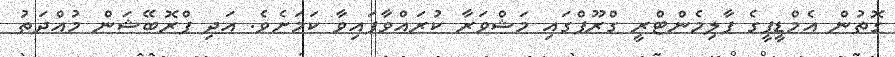
ގޮތުން އެމްޑީޕީގެ ޕާލިމެންޓްރީ ގްރޫޕްގައި މަޝްވަރާ ކުރައްވާފައިވާ ކަމަށެވެ. އަދި ޕްރޮބޭޝަން މުއްދަތު